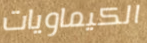
الكيماويات